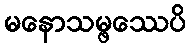
မနောသမ္ဖဿေပိ